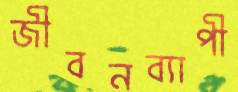
জীবনব্যাপী